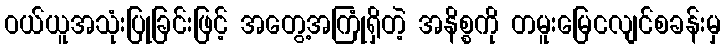
ဝယ်ယူအသုံးပြုခြင်းဖြင့် အတွေ့အကြုံရှိတဲ့ အနိစ္စကို တမူးမြေငလျင်စခန်းမှ